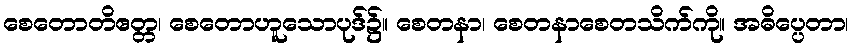
စေတောတိဧတ္တ၊ စေတောဟူသောပုဒ်၌။ စေတနာ၊ စေတနာစေတသိက်ကို။ အဓိပ္ပေတာ၊